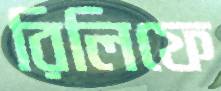
রিলিফে